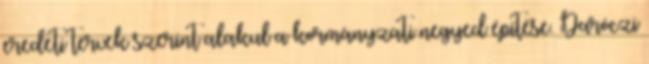
eredeti tervek szerint alakul a kormányzati negyed építése. Daróczi